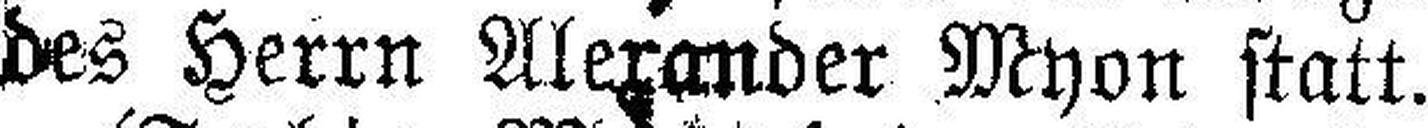
des Herrn Alexander Myon statt.